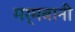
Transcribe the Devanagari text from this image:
मर्मबानी